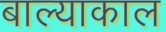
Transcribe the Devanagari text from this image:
बाल्याकाल